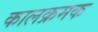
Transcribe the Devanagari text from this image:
कालक्रमक